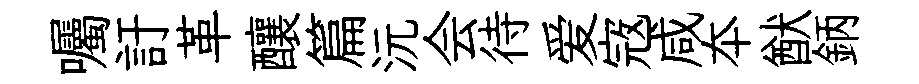
囑訏革釀篇沅会待爱𡨥咸夲猷鈵